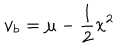
v _ { b } = \mu - { \frac { 1 } { 2 } } x ^ { 2 }